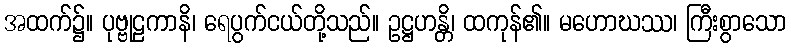
အထက်၌။ ပုဗ္ဗုဠကာနိ၊ ရေပွက်ငယ်တို့သည်။ ဥဋ္ဌဟန္တိ၊ ထကုန်၏။ မဟောဃဿ၊ ကြီးစွာသော